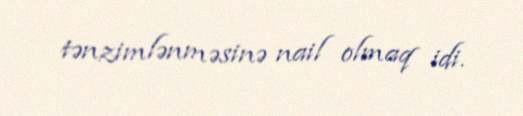
tənzimlənməsinə nail olmaq idi.